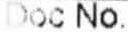
DOC NO.